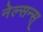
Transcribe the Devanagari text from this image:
नेल्सन्स्